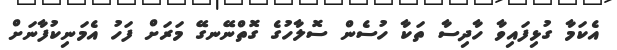
އެކަމާ ގުޅިފައިވާ ހާދިސާ ތަކާ ހުސެން ސޮލާހުގެ ގޮތްނޭނގޭ މަރަށް ފަހު އެމަނިކުފާނަށް